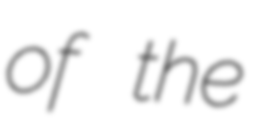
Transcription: of the